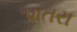
પાતરા